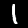
Digit: 1